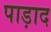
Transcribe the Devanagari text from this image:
पाड़ाद